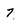
Character: 7